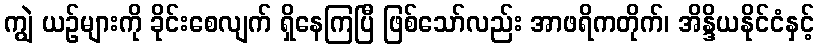
ကျွဲ ယဉ်များကို ခိုင်းစေလျက် ရှိနေကြပြီ ဖြစ်သော်လည်း အာဖရိကတိုက်၊ အိန္ဒိယနိုင်ငံနှင့်